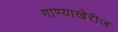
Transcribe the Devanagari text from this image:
गाण्याखेरीज